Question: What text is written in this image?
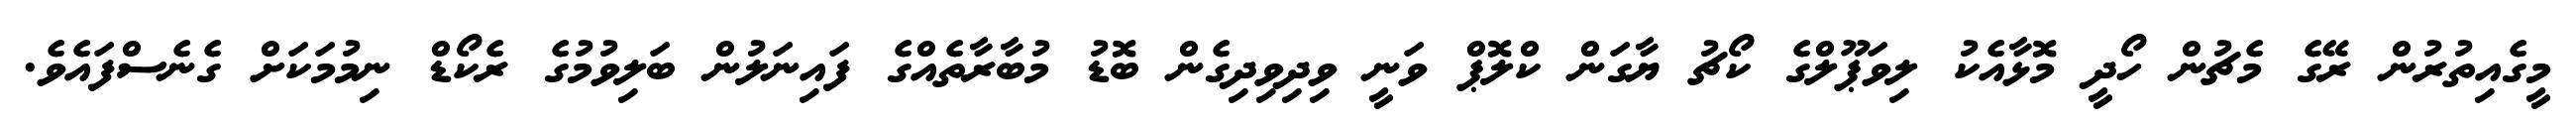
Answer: މީގެއިތުރުން ރޭގެ މެޗުން ހޯދީ މޮޅާއެކު ލިވަޕޫލްގެ ކޯޗު ޔާގަން ކްލޮޕް ވަނީ ވިދިވިދިގެން ބޮޑު މުބާރާތެއްގެ ފައިނަލުން ބަލިވުމުގެ ރެކޯޑް ނިމުމަކަށް ގެނެސްފައެވެ.